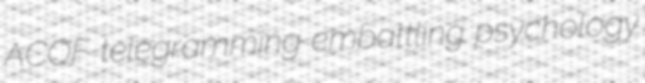
ACOF telegramming embattling psychology